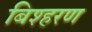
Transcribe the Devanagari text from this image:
बिश्हरण